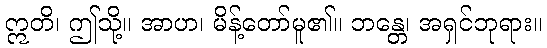
ဣတိ၊ ဤသို့။ အာဟ၊ မိန့်တော်မူ၏။ ဘန္တေ၊ အရှင်ဘုရား။